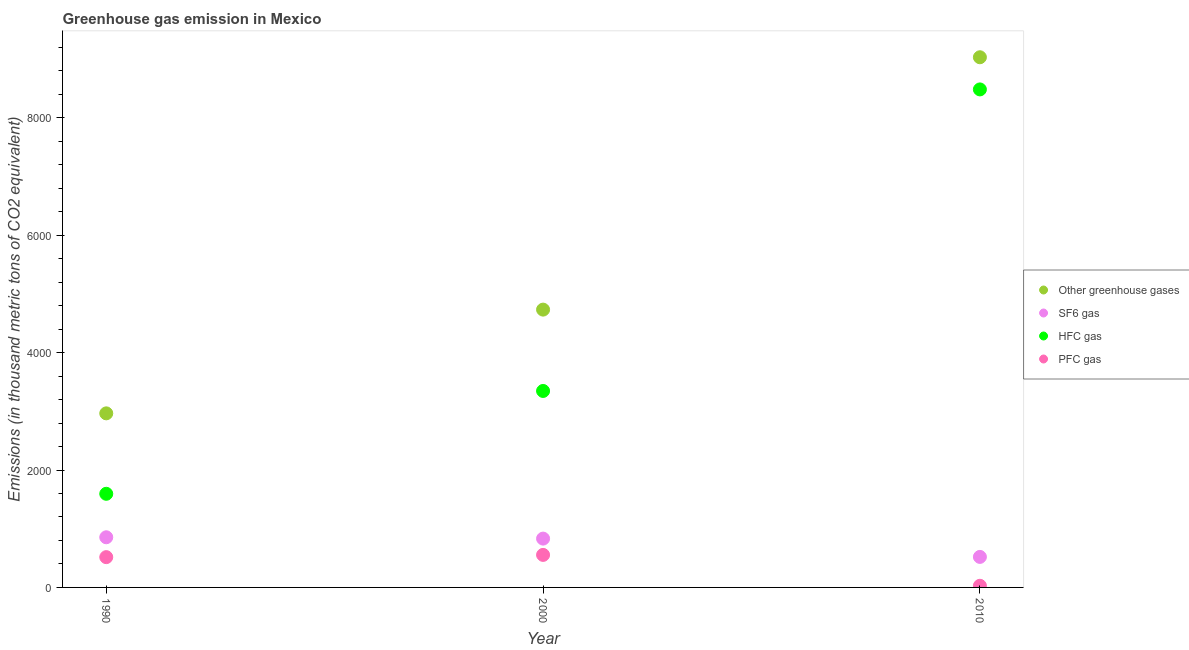
| Year | Other greenhouse gases | SF6 gas | HFC gas | PFC gas |
 | --- | --- | --- | --- | --- |
 | 1990 | 2.97e+03 | 854 | 1.6e+03 | 516 |
 | 2000 | 4.73e+03 | 832 | 3.35e+03 | 554 |
 | 2010 | 9.03e+03 | 520 | 8.48e+03 | 28 |